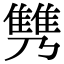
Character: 𩀟